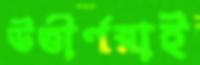
উত্তীর্ণরাই